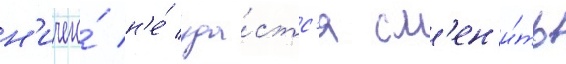
н'ичего́ н'е́ уда́стс'я см'ен'и́ть